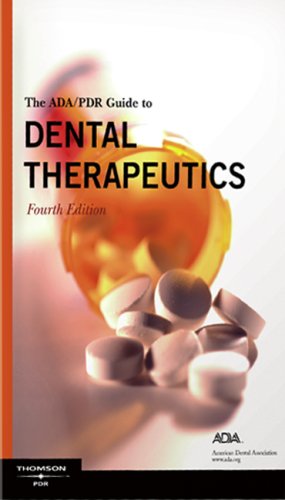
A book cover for ADA/PDR Guide to Dental Therapeutics, 4th Edition; Medical Books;